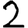
Digit: 2